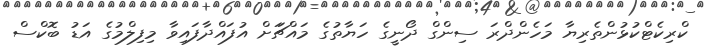
ކްރިކެޓްކުޅުންތެރިޔާ މަހެންދްރަ ސިންގް ދޯނީގެ ހަޔާތުގެ މައްޗަަށް އުފައްދާފައިވާ މިފިލްމުގެ އަޑު ބޮކްސް